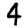
Digit: 4